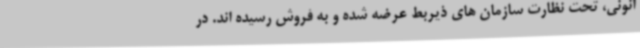
انونی، تحت نظارت سازمان های ذیربط عرضه شده و به فروش رسیده اند. در